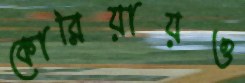
কোরিয়ায়ও